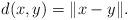
LaTeX: \begin{align*}d(x, y)=\|x-y\| .\end{align*}